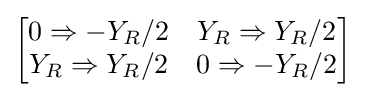
{\begin{bmatrix}0\Rightarrow -Y_{R}/2&Y_{R}\Rightarrow Y_{R}/2\\Y_{R}\Rightarrow Y_{R}/2&0\Rightarrow -Y_{R}/2\end{bmatrix}}